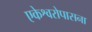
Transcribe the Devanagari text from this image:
एकेश्वरोपासना